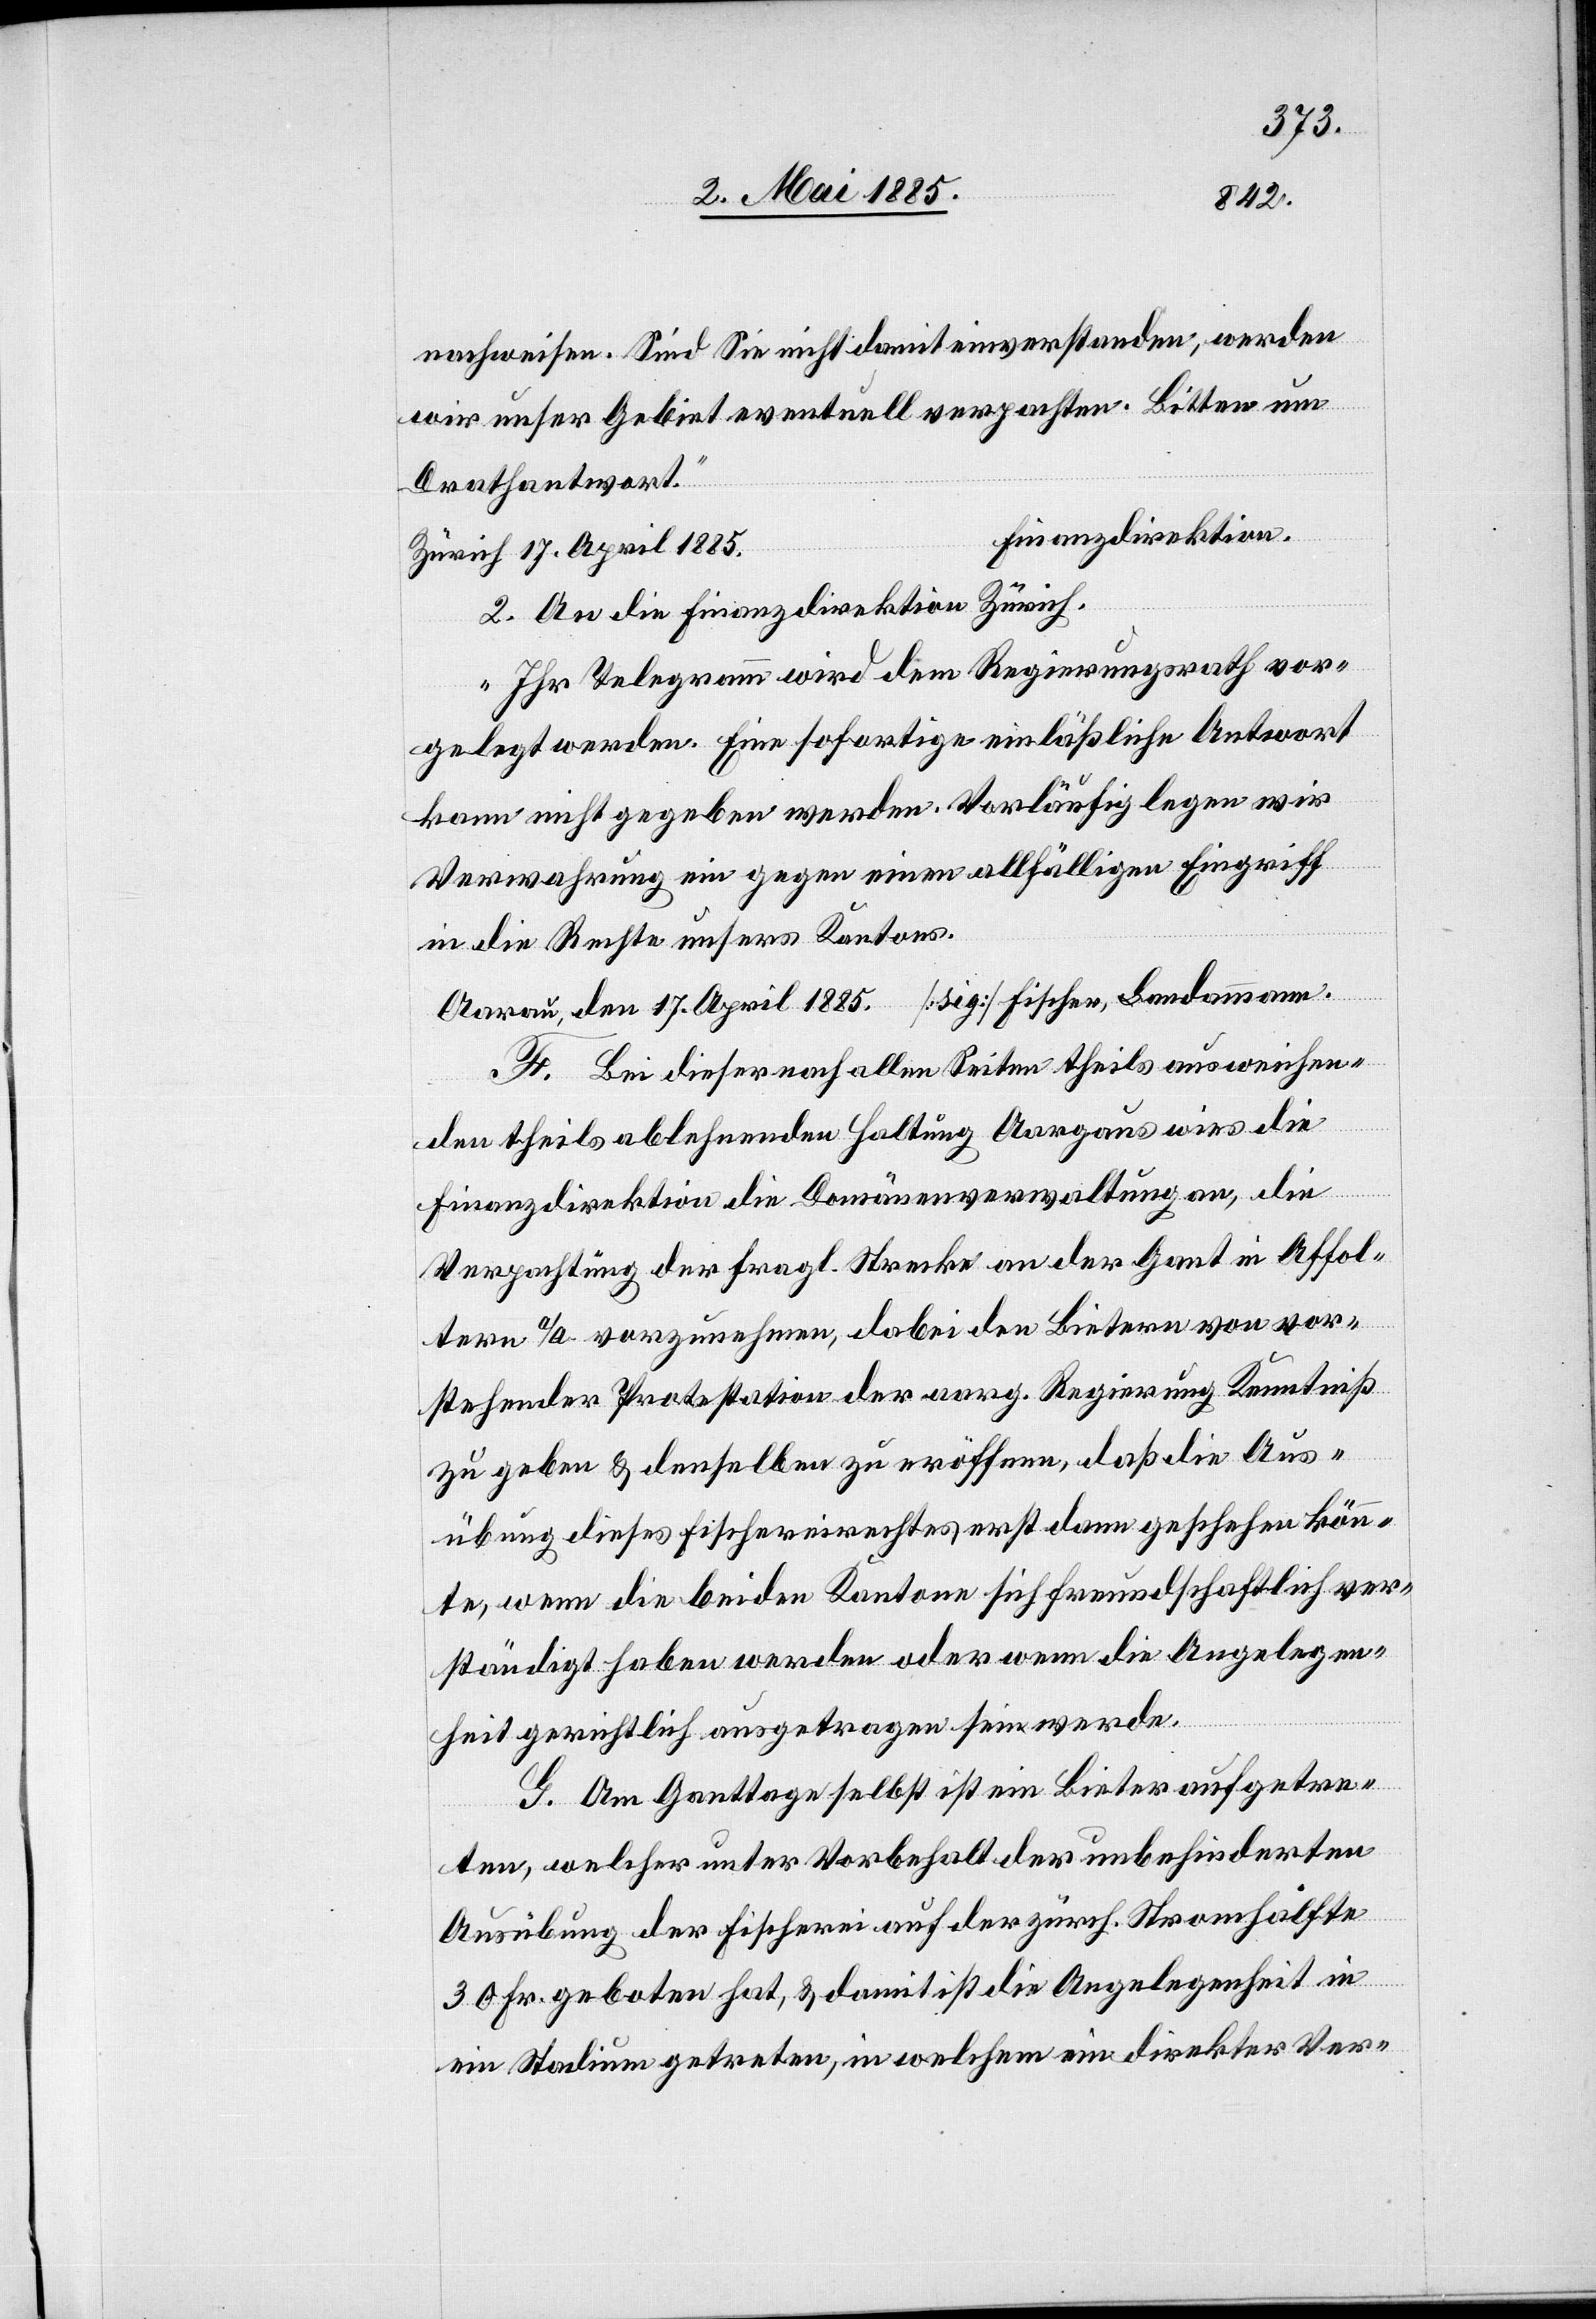
17. April 1885.
nachweisen. Sind Sie nicht damit einverstanden, werden
wir unser Gebiet eventuell verpachten. Bitten um
Drathantwort.“
Finanzdirektion.
Zürich 17. April 1885.
2. An die Finanzdirektion Zürich.
„Ihr Telegramm wird dem Regierungsrath vor¬
gelegt werden. Eine sofortige einläßliche Antwort
kann nicht gegeben werden. Vorläufig legen wir
Verwahrung ein gegen einen allfälligen Eingriff
in die Rechte unseres Kantons.“
F. Bei dieser nach allen Seiten theils ausweichen¬
den theils ablehnenden Haltung Aargaus wies die
Finanzdirektion die Domänenverwaltung an, die
Verpachtung der fragl. Strecke an der Gant in Affol¬
tern a/A vorzunehmen, dabei den Bietern von vor¬
stehender Protestation der aarg. Regierung Kenntniß
zu geben & denselben zu eröffnen, daß die Aus¬
übung dieses Fischereirechtes erst dann geschehen könn¬
te, wenn die beiden Kantone sich freundschaftlich ver¬
ständigt haben werden oder wenn die Angelegen¬
heit gerichtlich ausgetragen sein werde.
G. Am Ganttage selbst ist ein Bieter aufgetre¬
ten, welcher unter Vorbehalt der unbehinderten
Ausübung der Fischerei auf der zürch. Stromhälfte
30 Fr. geboten hat, & damit ist die Angelegenheit in
ein Stadium getreten, in welchem ein direkter Ver-